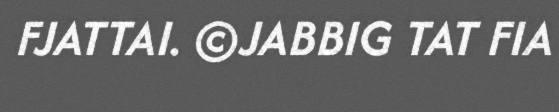
FJATTAI. ©JABBIG TAT FIA